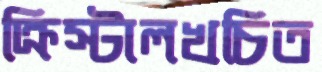
ক্রিস্টালখচিত